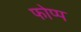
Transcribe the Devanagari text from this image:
फोप्प